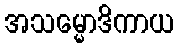
အသမ္မောဒိကာယ